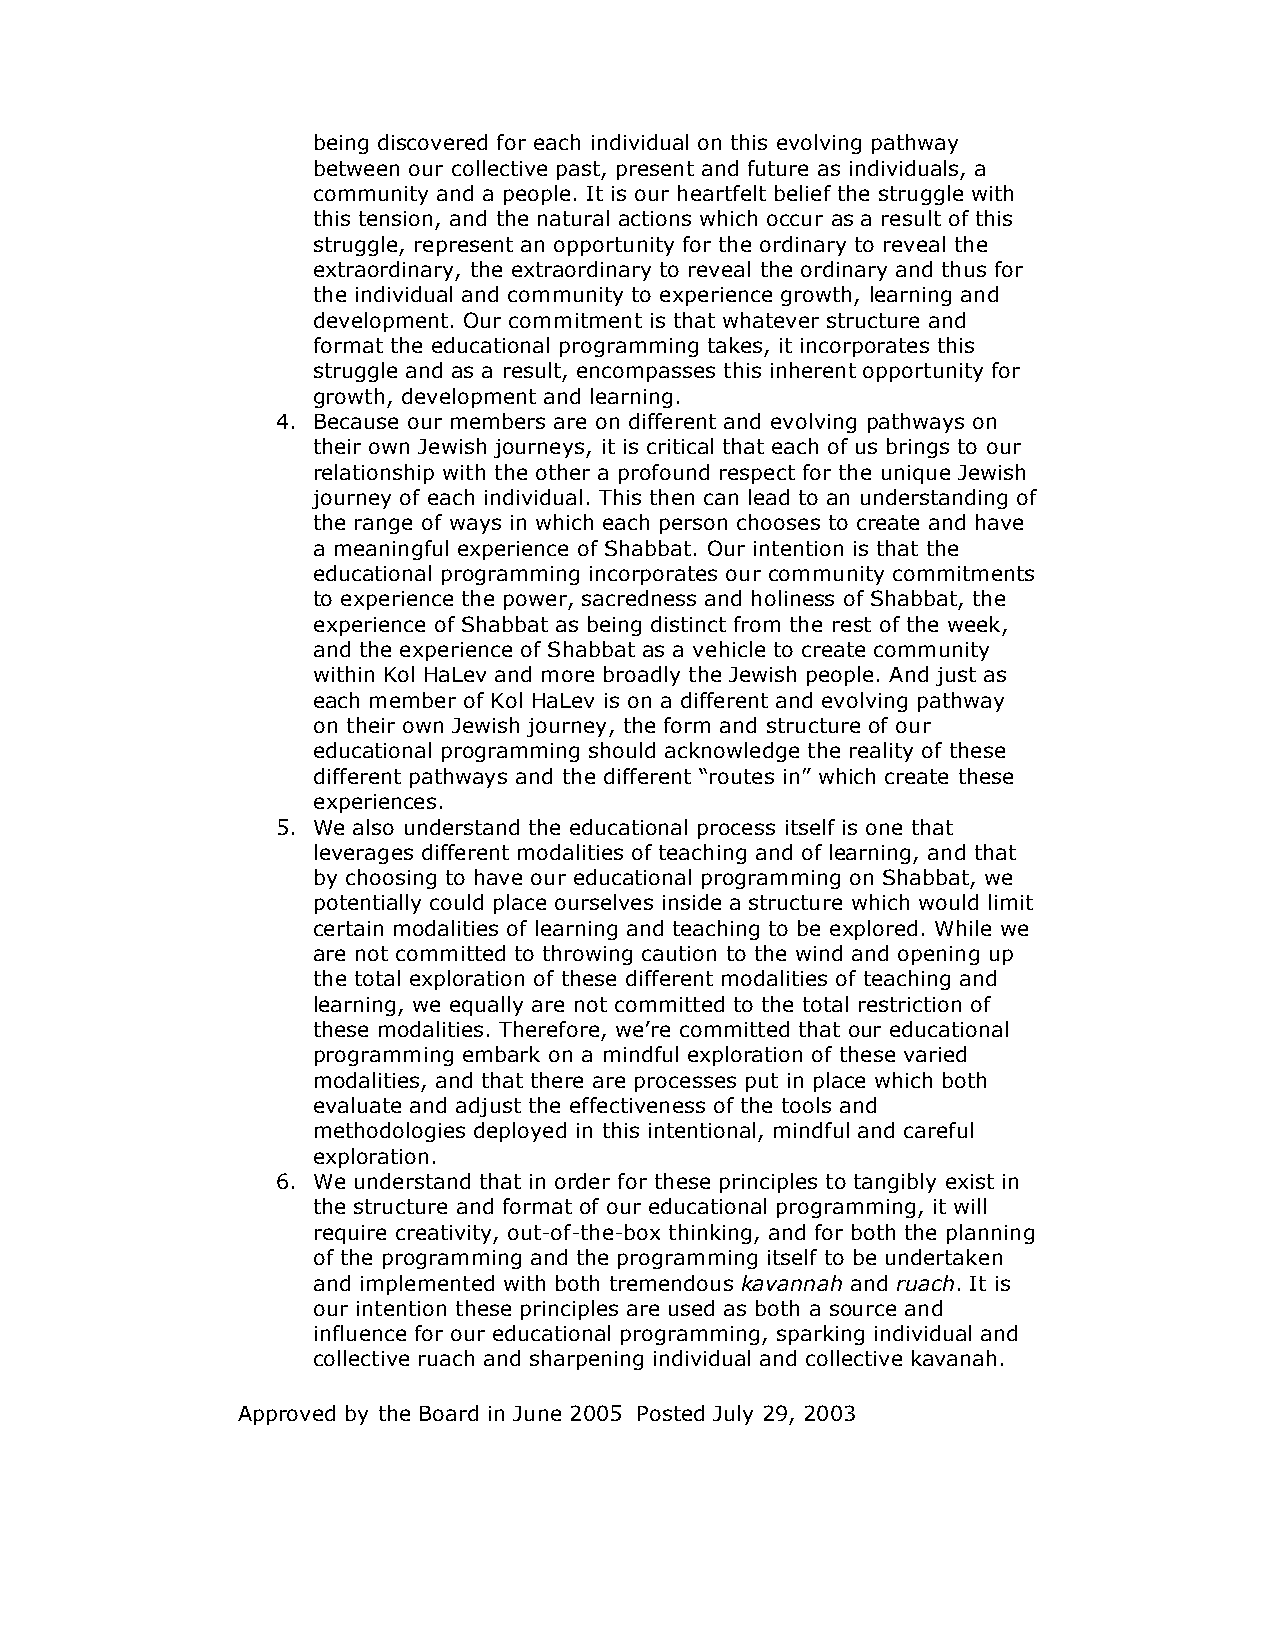
being discovered for each individual on this evolving pathway
 between our collective past, present and future as individuals, a
 community and a people. It is our heartfelt belief the struggle with
 this tension, and the natural actions which occur as a result of this
 struggle, represent an opportunity for the ordinary to reveal the
 extraordinary, the extraordinary to reveal the ordinary and thus for
 the individual and community to experience growth, learning and
 development. Our commitment is that whatever structure and
 format the educational programming takes, it incorporates this
 struggle and as a result, encompasses this inherent opportunity for
 growth, development and learning.
 4. Because our members are on different and evolving pathways on
 their own Jewish journeys, it is critical that each of us brings to our
 relationship with the other a profound respect for the unique Jewish
 journey of each individual. This then can lead to an understanding of
 the range of ways in which each person chooses to create and have
 a meaningful experience of Shabbat. Our intention is that the
 educational programming incorporates our community commitments
 to experience the power, sacredness and holiness of Shabbat, the
 experience of Shabbat as being distinct from the rest of the week,
 and the experience of Shabbat as a vehicle to create community
 within Kol HaLev and more broadly the Jewish people. And just as
 each member of Kol HaLev is on a different and evolving pathway
 on their own Jewish journey, the form and structure of our
 educational programming should acknowledge the reality of these
 different pathways and the different “routes in” which create these
 experiences.
 5. We also understand the educational process itself is one that
 leverages different modalities of teaching and of learning, and that
 by choosing to have our educational programming on Shabbat, we
 potentially could place ourselves inside a structure which would limit
 certain modalities of learning and teaching to be explored. While we
 are not committed to throwing caution to the wind and opening up
 the total exploration of these different modalities of teaching and
 learning, we equally are not committed to the total restriction of
 these modalities. Therefore, we’re committed that our educational
 programming embark on a mindful exploration of these varied
 modalities, and that there are processes put in place which both
 evaluate and adjust the effectiveness of the tools and
 methodologies deployed in this intentional, mindful and careful
 exploration.
 6. We understand that in order for these principles to tangibly exist in
 the structure and format of our educational programming, it will
 require creativity, out-of-the-box thinking, and for both the planning
 of the programming and the programming itself to be undertaken
 and implemented with both tremendous kavannah and ruach. It is
 our intention these principles are used as both a source and
 influence for our educational programming, sparking individual and
 collective ruach and sharpening individual and collective kavanah.
 Approved by the Board in June 2005 Posted July 29, 2003